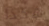
هكذا